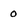
Character: 0